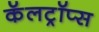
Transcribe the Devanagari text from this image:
कॅलट्रॉप्स